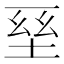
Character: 𡌥